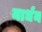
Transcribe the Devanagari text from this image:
मार्धन